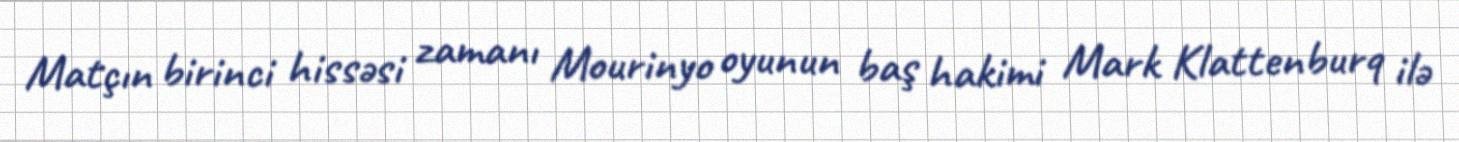
Matçın birinci hissəsi zamanı Mourinyo oyunun baş hakimi Mark Klattenburq ilə